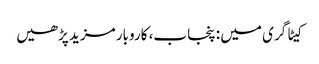
کیٹاگری میں : پنجاب، کاروبار مزید پڑھیں